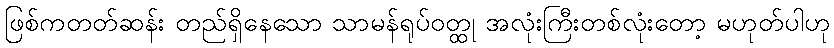
ဖြစ်ကတတ်ဆန်း တည်ရှိနေသော သာမန်ရုပ်ဝတ္ထု အလုံးကြီးတစ်လုံးတော့ မဟုတ်ပါဟု